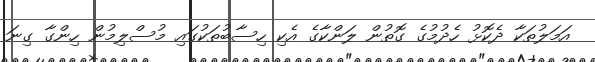
އަމަލުތަކާ ދެކޮޅު ހެދުމުގެ ގޮތުން ލަންކާގެ އެކި ހިސާބުތަކުގައި މުސްލިމުން ހިންގާ ގިނަ